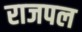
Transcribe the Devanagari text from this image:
राजपल